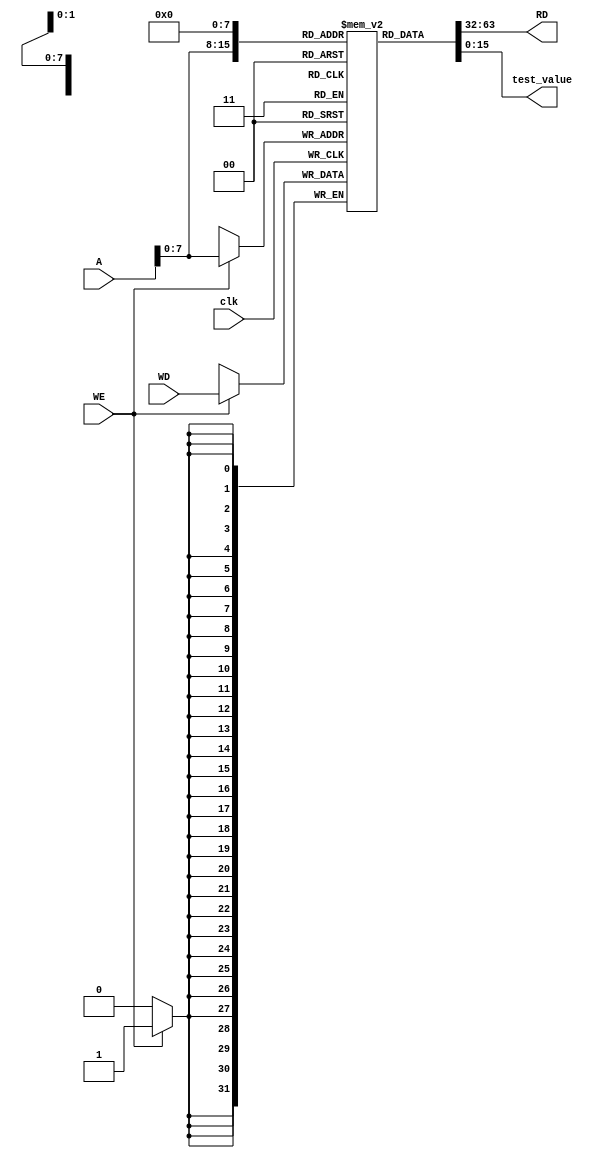

//////////////////////////////////////////////////////////////////////////////////
// Company: 
// 
// Design Name: 
// Module Name: Data_Mem
// Project Name: single cycle MIPS
// Target Devices: 
// Tool Versions: 
// Description: 
// 
// Dependencies: 
// 
// Revision:
// Revision 0.01 - File Created
// Additional Comments:
// 
//////////////////////////////////////////////////////////////////////////////////

module Data_Mem 
					#(parameter n = 32)
					(
					input clk,
					input WE,
					input [31:0] A,
					input [31:0] WD,
					output [31:0] RD,
					output [15:0] test_value
					);
					
					reg [31:0] Data_Mem [0:255];
					
					integer i;
				   initial
				   begin
					  for (i = 0; i < 256; i = i+1)
						 Data_Mem [i] = 0;
				   end
						
						
					always @(posedge clk) 
					begin
						 if (WE)
							Data_Mem[A] <= WD; // Synchronous write
					end

					assign RD = Data_Mem[A]; // Asynchronous read
					assign test_value = Data_Mem[32'h0000_0000][15:0]; // Test value read from address 0x0000_0000

endmodule